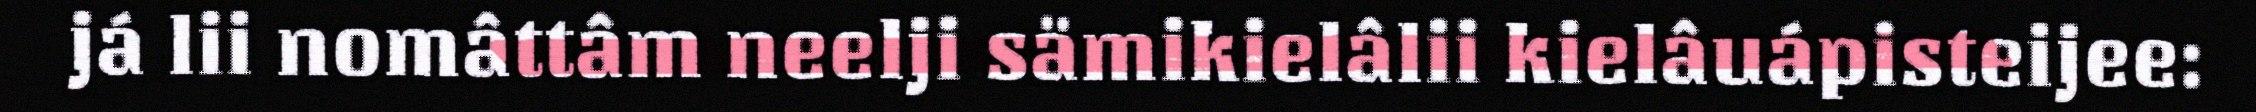
já lii nomâttâm neelji sämikielâlii kielâuápisteijee: